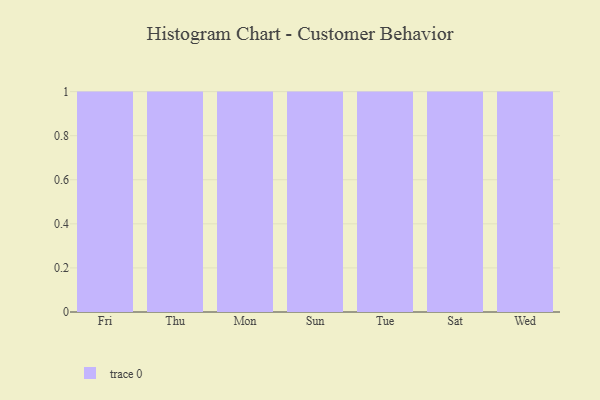
{"axis": {"x": "Day", "y": "Revenue (USD Million)"}, "legend": [""], "data": [{"x": "Fri", "y": 41, "type": ""}, {"x": "Thu", "y": 96, "type": ""}, {"x": "Mon", "y": 14, "type": ""}, {"x": "Sun", "y": 80, "type": ""}, {"x": "Tue", "y": 17, "type": ""}, {"x": "Sat", "y": 35, "type": ""}, {"x": "Wed", "y": 28, "type": ""}]}